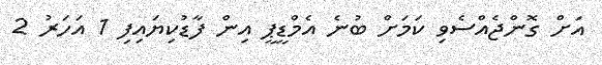
އަށް ގޮންޖެއްސެވި ކަމަށް ބުނެ އެމްޑީޕީ އިން ފާޑުކިޔައިފި 1 އަހަރު 2